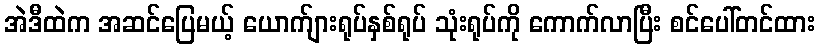
အဲဒီထဲက အဆင်ပြေမယ့် ယောက်ျားရုပ်နှစ်ရုပ် သုံးရုပ်ကို ကောက်လာပြီး စင်ပေါ်တင်ထား